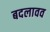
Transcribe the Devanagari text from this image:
बदलावव